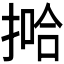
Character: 𫽞